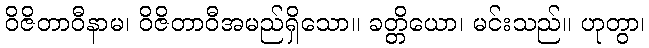
ဝိဇိတာဝီနာမ၊ ဝိဇိတာဝီအမည်ရှိသော။ ခတ္တိယော၊ မင်းသည်။ ဟုတွာ၊